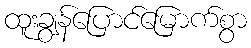
ထူးချွန်ပြောင်မြောက်စွာ